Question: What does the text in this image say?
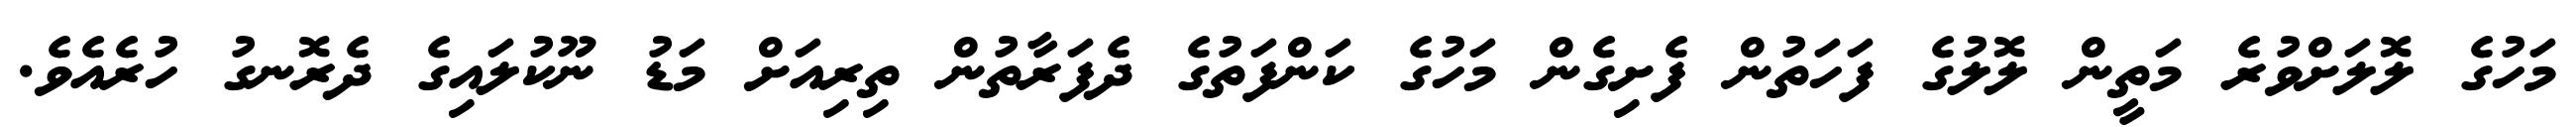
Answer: މަހުގެ ލޮލަށްވުރެ މަތީން ލޮލުގެ ފަހަތުން ފެށިގެން މަހުގެ ކަންފަތުގެ ދެފަރާތުން ތިރިއަށް މަޑު ނޫކުލައިގެ ދެރޮނގު ހުރެއެވެ.